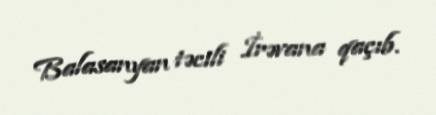
Balasanyan təcili İrəvana qaçıb.